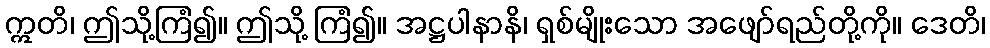
ဣတိ၊ ဤသို့ကြံ၍။ ဤသို့ ကြံ၍။ အဋ္ဌပါနာနိ၊ ရှစ်မျိုးသော အဖျော်ရည်တို့ကို။ ဒေတိ၊